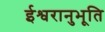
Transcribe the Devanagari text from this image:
ईश्वरानुभूति